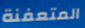
المتعفنة